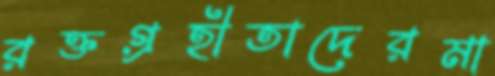
রক্তগ্রহীতাদেরমা